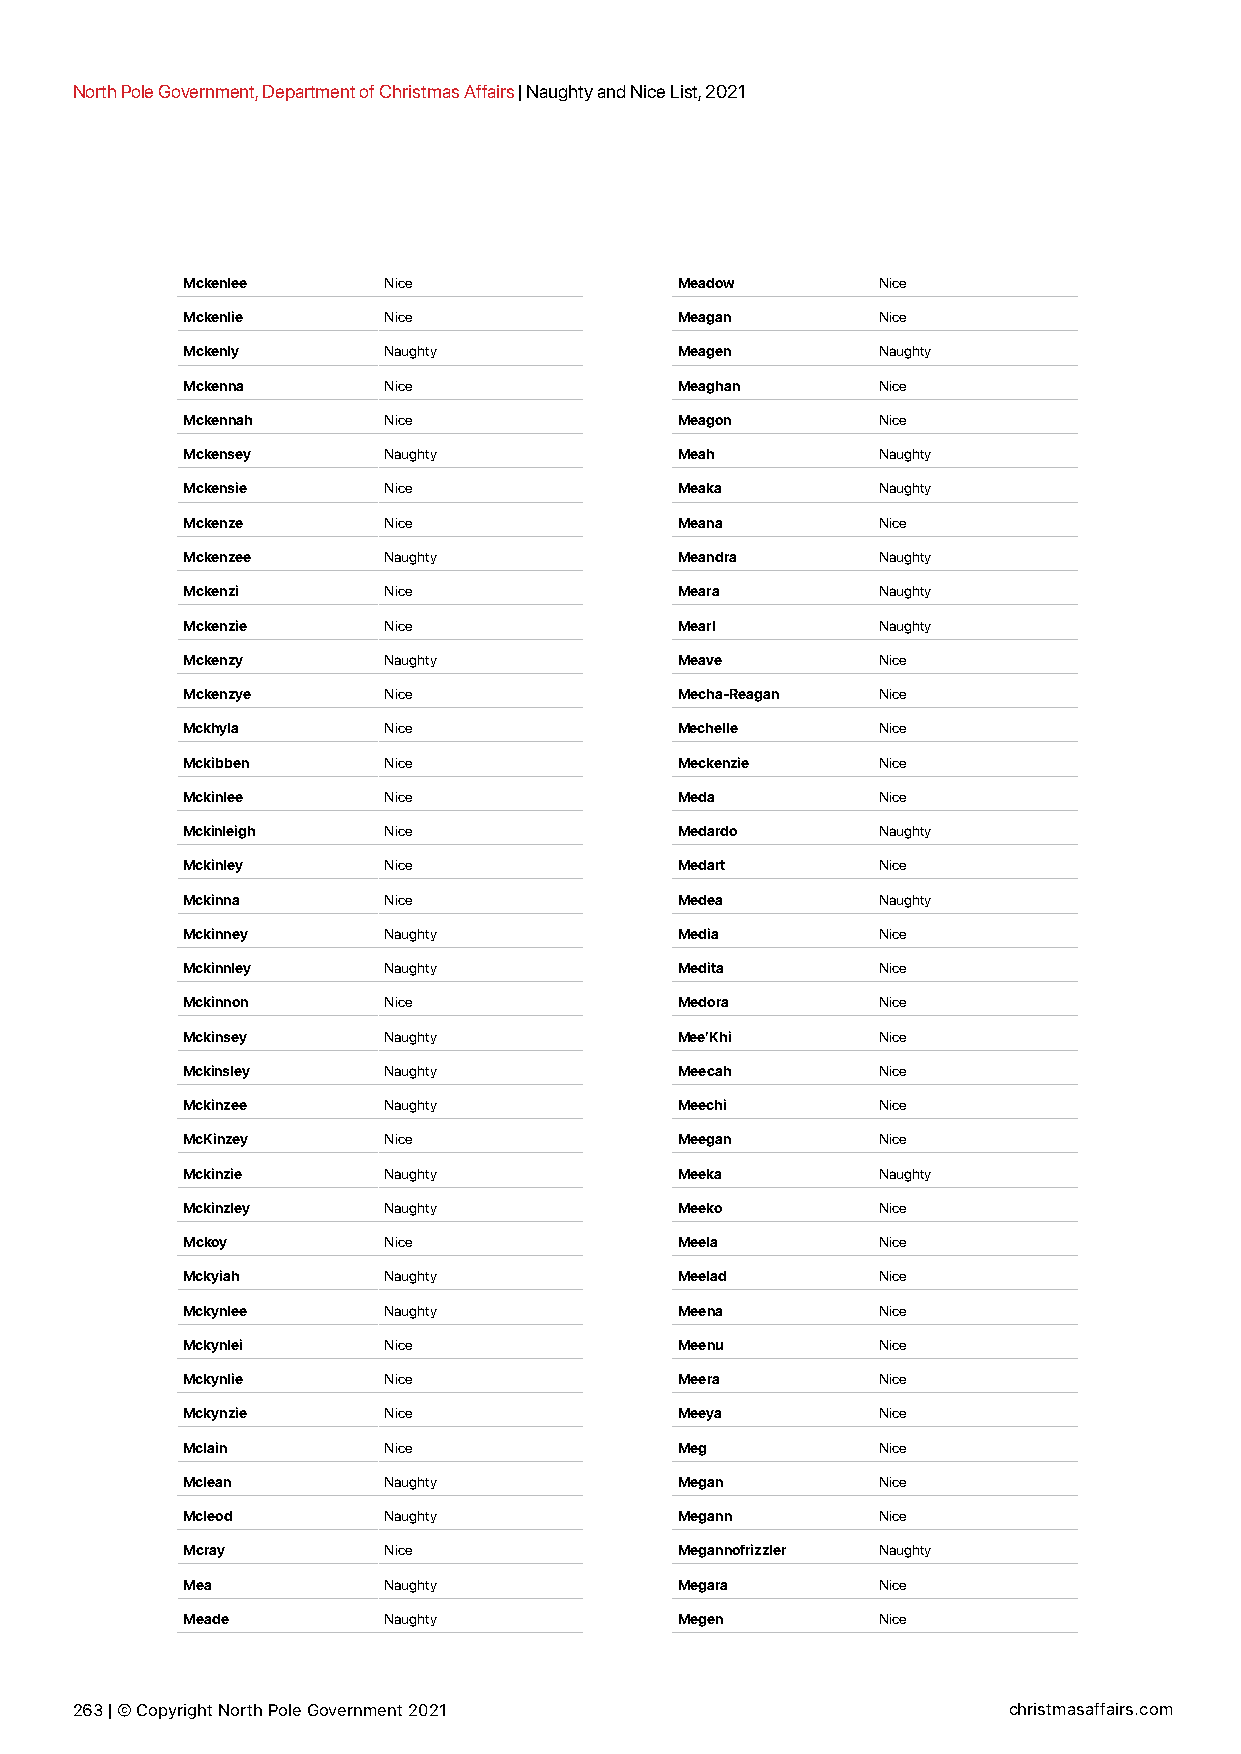
North Pole Government, Department of Christmas Affairs | Naughty and Nice List, 2021
 Mckenlee     Nice                Meadow       Nice
 Mckenlie     Nice                Meagan       Nice
 Mckenly      Naughty             Meagen       Naughty
 Mckenna      Nice                Meaghan      Nice
 Mckennah     Nice                Meagon       Nice
 Mckensey     Naughty             Meah         Naughty
 Mckensie     Nice                Meaka        Naughty
 Mckenze      Nice                Meana        Nice
 Mckenzee     Naughty             Meandra      Naughty
 Mckenzi      Nice                Meara        Naughty
 Mckenzie     Nice                Mearl        Naughty
 Mckenzy      Naughty             Meave        Nice
 Mckenzye     Nice                Mecha-Reagan Nice
 Mckhyla      Nice                Mechelle     Nice
 Mckibben     Nice                Meckenzie    Nice
 Mckinlee     Nice                Meda         Nice
 Mckinleigh   Nice                Medardo      Naughty
 Mckinley     Nice                Medart       Nice
 Mckinna      Nice                Medea        Naughty
 Mckinney     Naughty             Media        Nice
 Mckinnley    Naughty             Medita       Nice
 Mckinnon     Nice                Medora       Nice
 Mckinsey     Naughty             Mee’Khi      Nice
 Mckinsley    Naughty             Meecah       Nice
 Mckinzee     Naughty             Meechi       Nice
 McKinzey     Nice                Meegan       Nice
 Mckinzie     Naughty             Meeka        Naughty
 Mckinzley    Naughty             Meeko        Nice
 Mckoy        Nice                Meela        Nice
 Mckyiah      Naughty             Meelad       Nice
 Mckynlee     Naughty             Meena        Nice
 Mckynlei     Nice                Meenu        Nice
 Mckynlie     Nice                Meera        Nice
 Mckynzie     Nice                Meeya        Nice
 Mclain       Nice                Meg          Nice
 Mclean       Naughty             Megan        Nice
 Mcleod       Naughty             Megann       Nice
 Mcray        Nice                Megannofrizzler Naughty
 Mea          Naughty             Megara       Nice
 Meade        Naughty             Megen        Nice
 263 | © Copyright North Pole Government 2021                  christmasaffairs.com